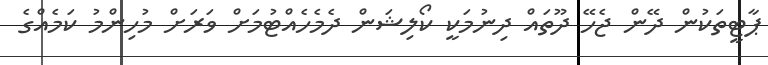
ޕާޓީތަކުން ދޭން ޖެހޭ ދޫތައް ދިނުމަކީ ކޯލިޝަން ދެމެހެއްޓުމަށް ވަރަށް މުހިންމު ކަމެއްގެ